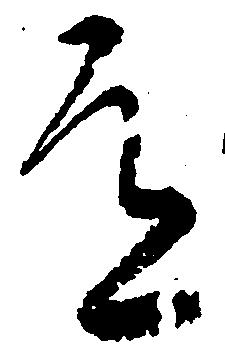
道